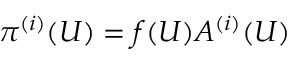
\pi ^ { ( i ) } ( U ) = f ( U ) A ^ { ( i ) } ( U )